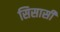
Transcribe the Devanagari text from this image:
सिसासी